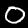
Label: 0